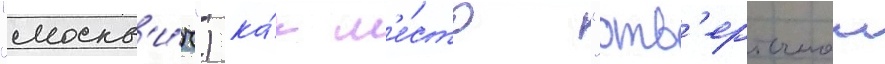
"москв'и́ч") ка́к м'е́сто "отв'ерточнои